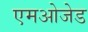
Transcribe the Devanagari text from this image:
एमओजेड